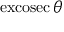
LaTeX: \operatorname { e x c o s e c } \theta